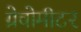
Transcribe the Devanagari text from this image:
ग्रेवोमीटर